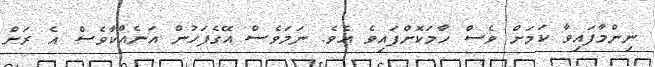
ނިންމާފައިވާ ކަމަށް ވެސް ހާމަކޮށްފައިވެ އެވެ. ނަމަވެސް އޭގެފަހުން އަނެއްކާވެސް އެ ރަށް